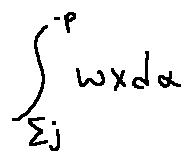
\int \limits _ { \sum j } ^ { - p } w x d \alpha